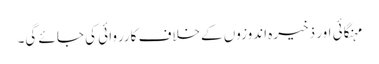
مہنگائی اور ذخیرہ اندوزوں کےخلاف کارروائی کی جائے گی۔